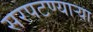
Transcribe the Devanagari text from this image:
सरपटण्याऱ्या